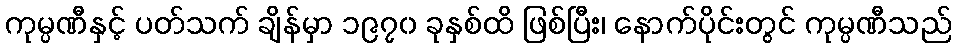
ကုမ္ပဏီနှင့် ပတ်သက် ချိန်မှာ ၁၉၇၀ ခုနှစ်ထိ ဖြစ်ပြီး၊ နောက်ပိုင်းတွင် ကုမ္ပဏီသည်